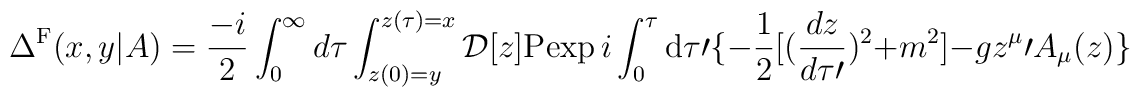
\Delta^{\rm F} (x,y\vert A)={- i\over 2} \int_0^{\infty} d \tau \int_{z(0)=y}^{z(\tau)=x} {\cal D} [z] {\rm P}{\rm exp}\,  i\int_0^{\tau} {\rm d} \tau\prime \{ -{1\over 2} [ ({d z \over d \tau\prime})^2 +m^2] - g z^{\mu}\prime A_{\mu} (z) \}